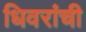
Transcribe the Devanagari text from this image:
धिवरांची